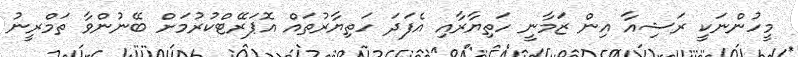
މީހުންނަކީ ރަޝިއާ އިން ޒަމާނީ ހަތިޔާރާއި އެފަދަ ހަތިޔާރުތައް އޮޕަރޭޓްކުރުމަށް ބޭނުންވާ ތަމްރީނު